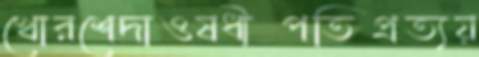
খোরশেদাওষধীপতিপ্রত্যয়